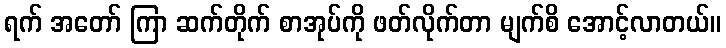
ရက် အတော် ကြာ ဆက်တိုက် စာအုပ်ကို ဖတ်လိုက်တာ မျက်စိ အောင့်လာတယ်။